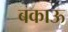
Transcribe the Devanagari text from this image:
बकाऊ